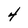
Character: 4